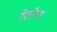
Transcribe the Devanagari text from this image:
रेकॉनस